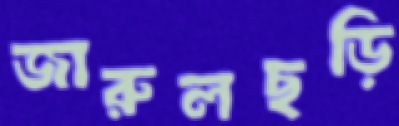
জারুলছড়ি